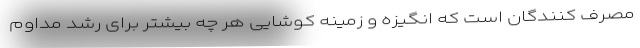
مصرف کنندگان است که انگیزه و زمینه کوشایی هر چه بیشتر برای رشد مداوم